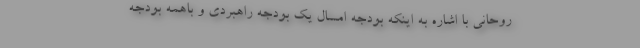
روحانی با اشاره به اینکه بودجه امسال یک بودجه راهبردی و باهمه بودجه